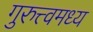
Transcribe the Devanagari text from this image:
गुरुत्त्वमध्य